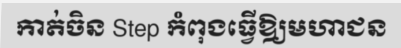
កាត់ចិន Step កំពុងធ្វើឱ្យមហាជន